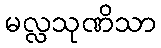
မလ္လသုဏိသာ